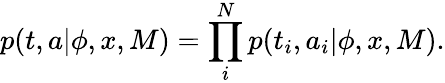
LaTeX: p(t,a|\phi,x,M)=\prod_{i}^{N}p(t_{i},a_{i}|\phi,x,M).